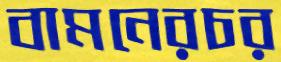
বামনেরচর